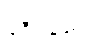
ခရီးသည်